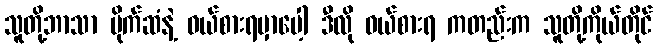
သူတို့ဘာသာ ပိုက်ဆံနဲ့ ဝယ်စားရမှာပေါ့ ဒီလို ဝယ်စားရ ကတည်းက သူတို့ကိုယ်တိုင်